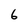
Character: 6